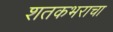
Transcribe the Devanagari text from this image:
शतकभराचा